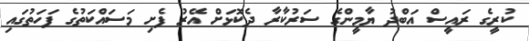
ކުރީގެ ރައީސް އަބްދު ޔާމީންގެ ސަރުކާރާ ދެކޮޅަށް އޭރު ފެށި މަސައްކަތުގެ ފަހަތުގައި